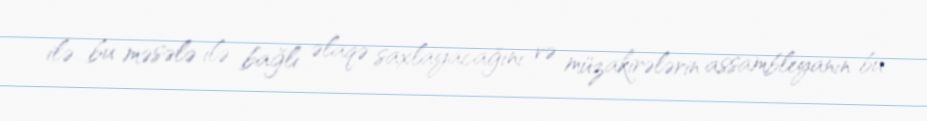
ilə bu məsələ ilə bağlı əlaqə saxlayacağını və müzakirələrin assambleyanın bu